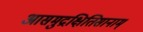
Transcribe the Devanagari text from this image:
आसमुद्रक्षितिसानाम्